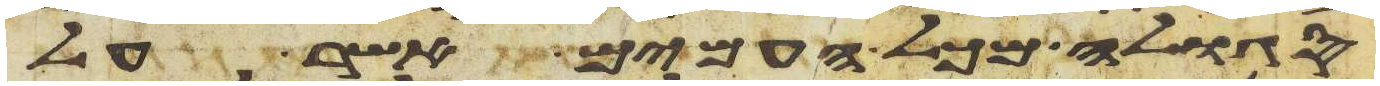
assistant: סגלה מכל העמים אשר על